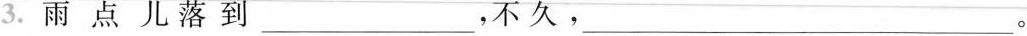
3.雨点儿落到___，不久，___。